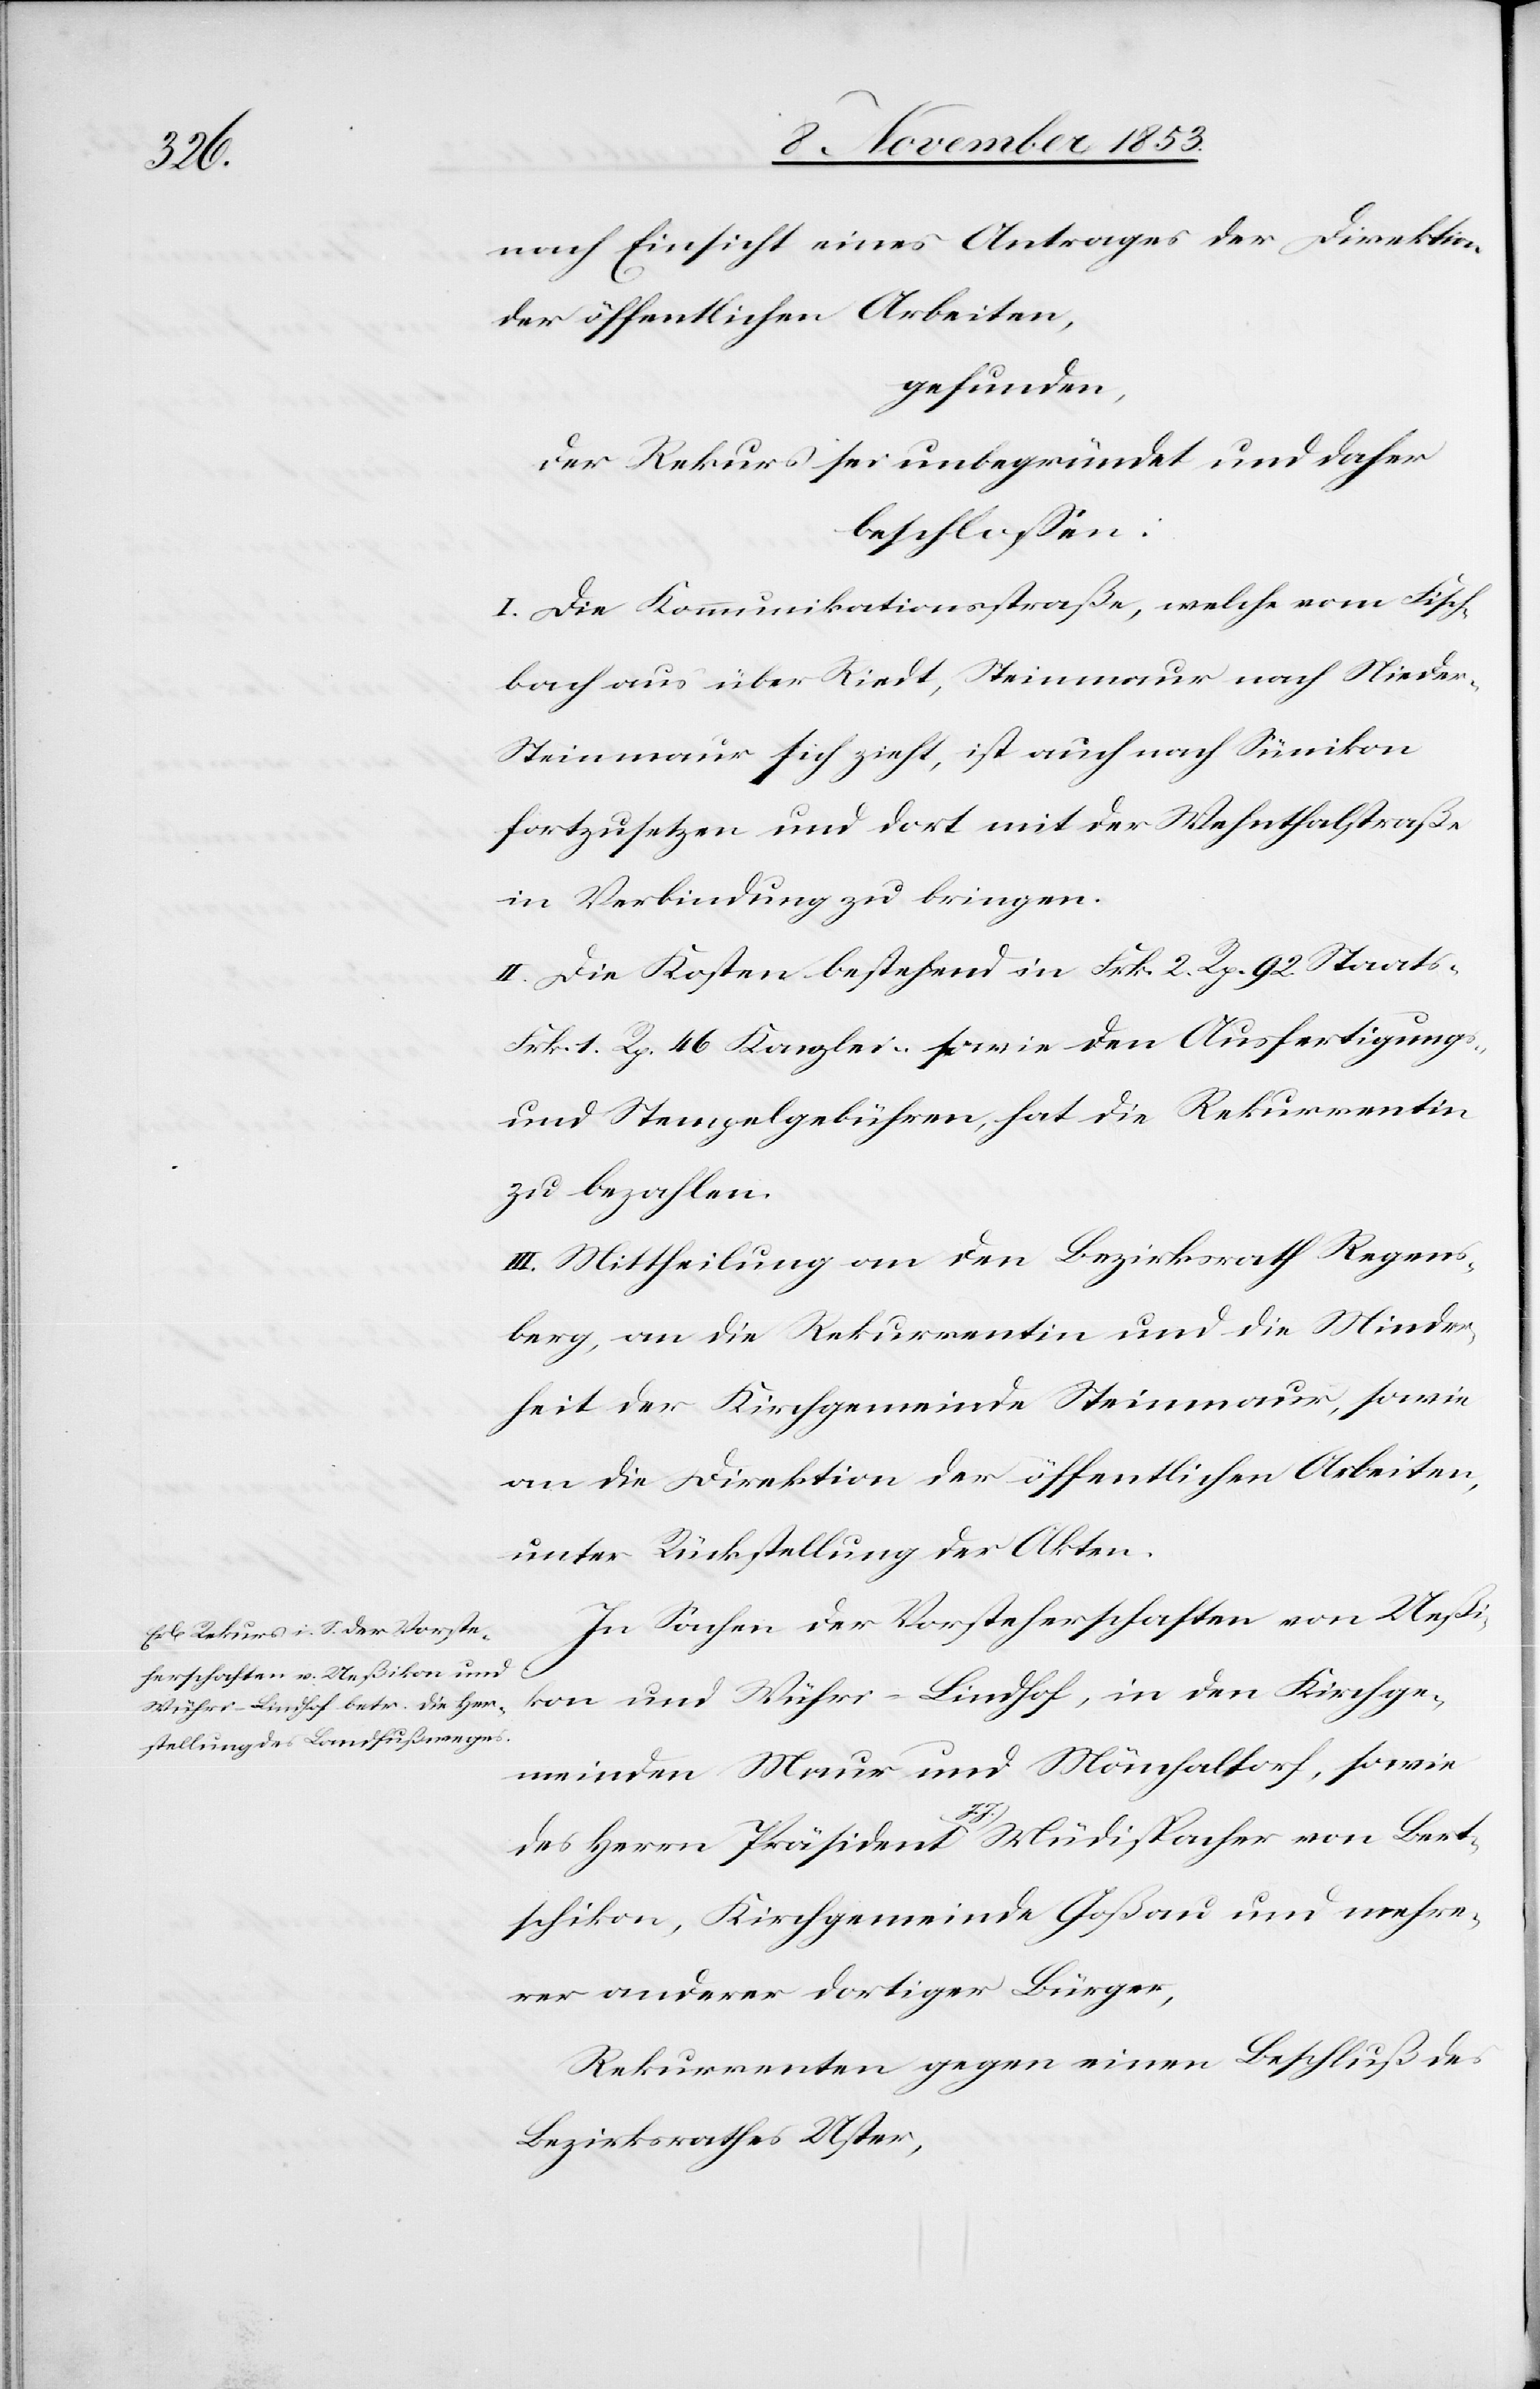
nach Einsicht eines Antrages der Direktion
der öffentlichen Arbeiten,
gefunden,
der Rekurs sei unbegründet und daher
beschloßen:
I. Die Kommunikationsstraße, welche vom Fisch¬
bach über Riedt, Steinmaur nach Niede¬
r-Steinmaur sich zieht, ist auch nach Sümikon
fortzusetzen, und dort mit der Wehnthalstraße
in Verbindung zu bringen.
II. Die Kosten bestehend in Frk. 2 Rp. 92 Staats-
Frk. 1 Rp. 46 Kanzlei- sowie den Ausfertigungs-
u. Stempelgebühren, hat die Rekurrentin
zu bezahlen.
III. Mittheilung an den Bezirksrath Regens¬
berg, an die Rekurrentin und die Minder¬
heit der Kirchgemeinde Steinmaur, sowie
an die Direktion der öffentlichen Arbeiten,
unter Rückstellung der Akten.
In Sachen der Vorsteherschaften von Ueßi¬
kon und Wühri-Lindhof, in den Kirchge¬
meinden Maur und Mönchaltorf, sowie
des Herrn Präsident J. J. Müdispacher von Bert¬
schikon, Kirchgemeinde Goßau und mehre¬
rer anderer dortiger Bürger,
Rekurrenten gegen einen Beschluß des
Bezirksrathes Uster,